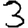
Digit: 3